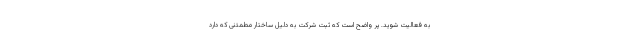
به فعالیت شوید. پر واضح است که ثبت شرکت به دلیل ساختار مطمئنی که دارد